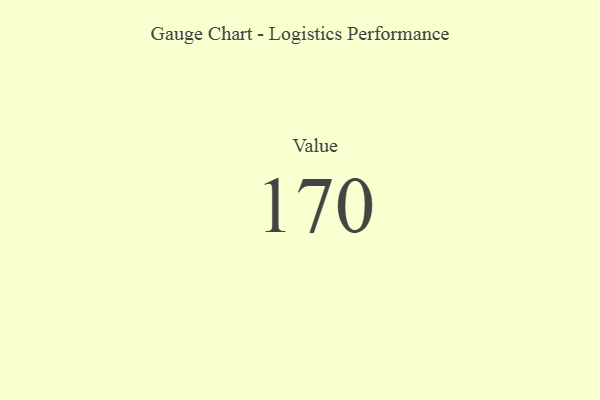
{"axis": {"x": "Metric", "y": "Value"}, "legend": [""], "data": [{"x": "Value", "y": 170, "type": ""}]}